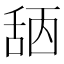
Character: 𦧖